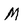
Character: M